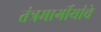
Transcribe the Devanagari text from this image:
तंत्रमार्गीयांचे